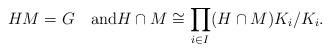
LaTeX: \begin{align*}HM=G\quad\mbox{and}H\cap M\cong\prod_{i\in I}(H\cap M)K_i/K_i.\end{align*}